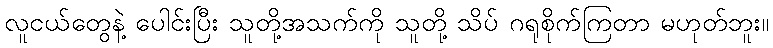
လူငယ်တွေနဲ့ ပေါင်းပြီး သူတို့အသက်ကို သူတို့ သိပ် ဂရုစိုက်ကြတာ မဟုတ်ဘူး။